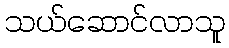
သယ်ဆောင်လာသူ